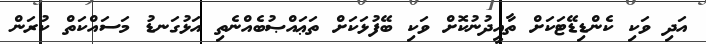
އަދި ވަކި ކެންޑިޑޭޓަކަށް ތާއީދުނުކޮށް ވަކި ބޭފުޅަކަށް ތަޢައްޞުބެއްނެތި އަޅުގަނޑު މަސައްކަތް ކުރަން